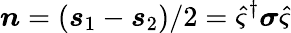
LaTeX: \boldsymbol{n}=\left(\boldsymbol{s}_{1}-\boldsymbol{s}_{2}\right)/2=\hat{\varsigma}^{\dagger}\boldsymbol{\sigma}\hat{\varsigma}